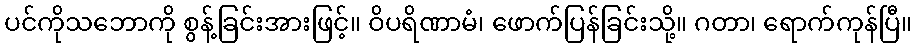
ပင်ကိုသဘောကို စွန့်ခြင်းအားဖြင့်။ ဝိပရိဏာမံ၊ ဖောက်ပြန်ခြင်းသို့။ ဂတာ၊ ရောက်ကုန်ပြီ။